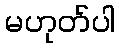
မဟုတ်ပါ